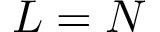
L = N